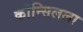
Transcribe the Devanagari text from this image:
कौन्सिलला